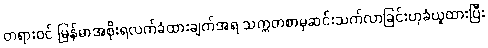
တရားဝင် မြန်မာအစိုးရလက်ခံထားချက်အရ သက္ကတစာမှဆင်းသက်လာခြင်းဟုခံယူထားပြီး